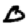
Digit: 0